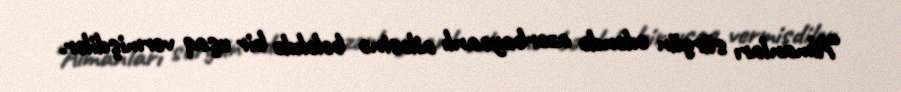
“Almanları sürgün edəndə azərbaycanlı ailəsinə bələkdə bir uşaq vermişdilər.